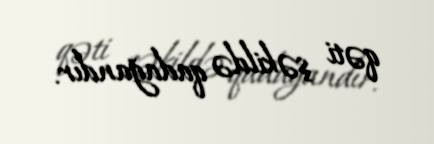
qəti şəkildə qadağandır.